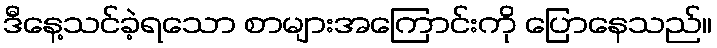
ဒီနေ့သင်ခဲ့ရသော စာများအကြောင်းကို ပြောနေသည်။